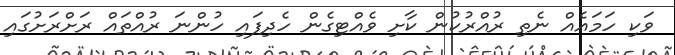
ވަކި ހަމައެއް ނެތި ރުއްރުކުން ކާށި ވެއްޓިގެން ހެދިފައި ހުންނަ ރުއްތައް ރަށްރަށުގައި